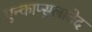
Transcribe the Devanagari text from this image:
एन्काप्सुलातेद